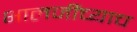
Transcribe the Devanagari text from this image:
भालजींच्याच